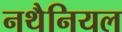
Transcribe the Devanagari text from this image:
नथैनियल